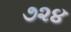
૭૨૪